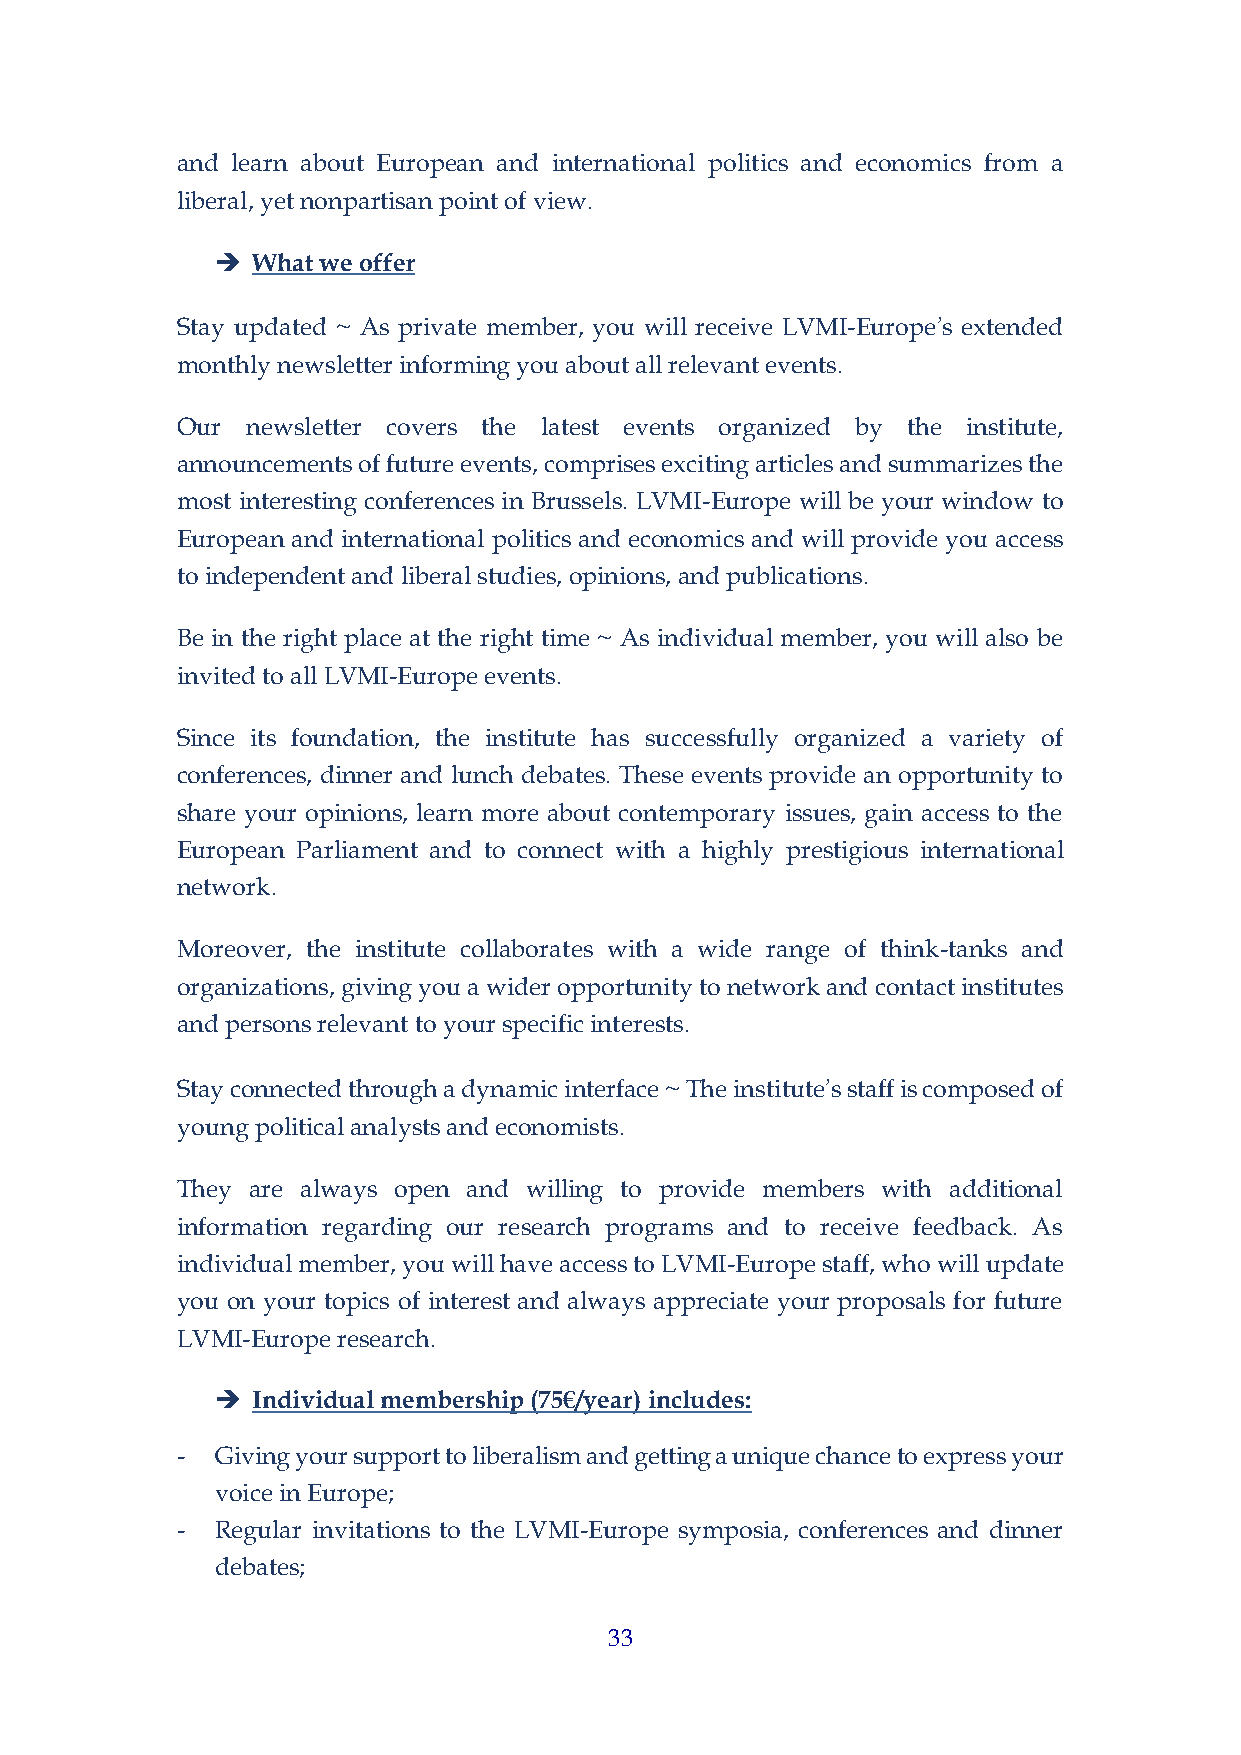
and learn about European and international politics and economics from a
 liberal, yet nonpartisan point of view.
 ➔  What we offer
 Stay updated ~ As private member, you will receive LVMI-Europe’s extended
 monthly newsletter informing you about all relevant events.
 Our newsletter covers the latest events organized by the institute,
 announcements of future events, comprises exciting articles and summarizes the
 most interesting conferences in Brussels. LVMI-Europe will be your window to
 European and international politics and economics and will provide you access
 to independent and liberal studies, opinions, and publications.
 Be in the right place at the right time ~ As individual member, you will also be
 invited to all LVMI-Europe events.
 Since its foundation, the institute has successfully organized a variety of
 conferences, dinner and lunch debates. These events provide an opportunity to
 share your opinions, learn more about contemporary issues, gain access to the
 European Parliament and to connect with a highly prestigious international
 network.
 Moreover, the institute collaborates with a wide range of think-tanks and
 organizations, giving you a wider opportunity to network and contact institutes
 and persons relevant to your specific interests.
 Stay connected through a dynamic interface ~ The institute’s staff is composed of
 young political analysts and economists.
 They are always open and willing to provide members with additional
 information regarding our research programs and to receive feedback. As
 individual member, you will have access to LVMI-Europe staff, who will update
 you on your topics of interest and always appreciate your proposals for future
 LVMI-Europe research.
 ➔  Individual membership (75€/year) includes:
 - Giving your support to liberalism and getting a unique chance to express your
 voice in Europe;
 - Regular invitations to the LVMI-Europe symposia, conferences and dinner
 debates;
 33